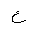
Letter: _ayn